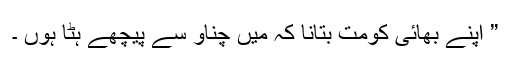
” اپنے بھائی کومت بتانا کہ میں چناو سے پیچھے ہٹا ہوں ۔